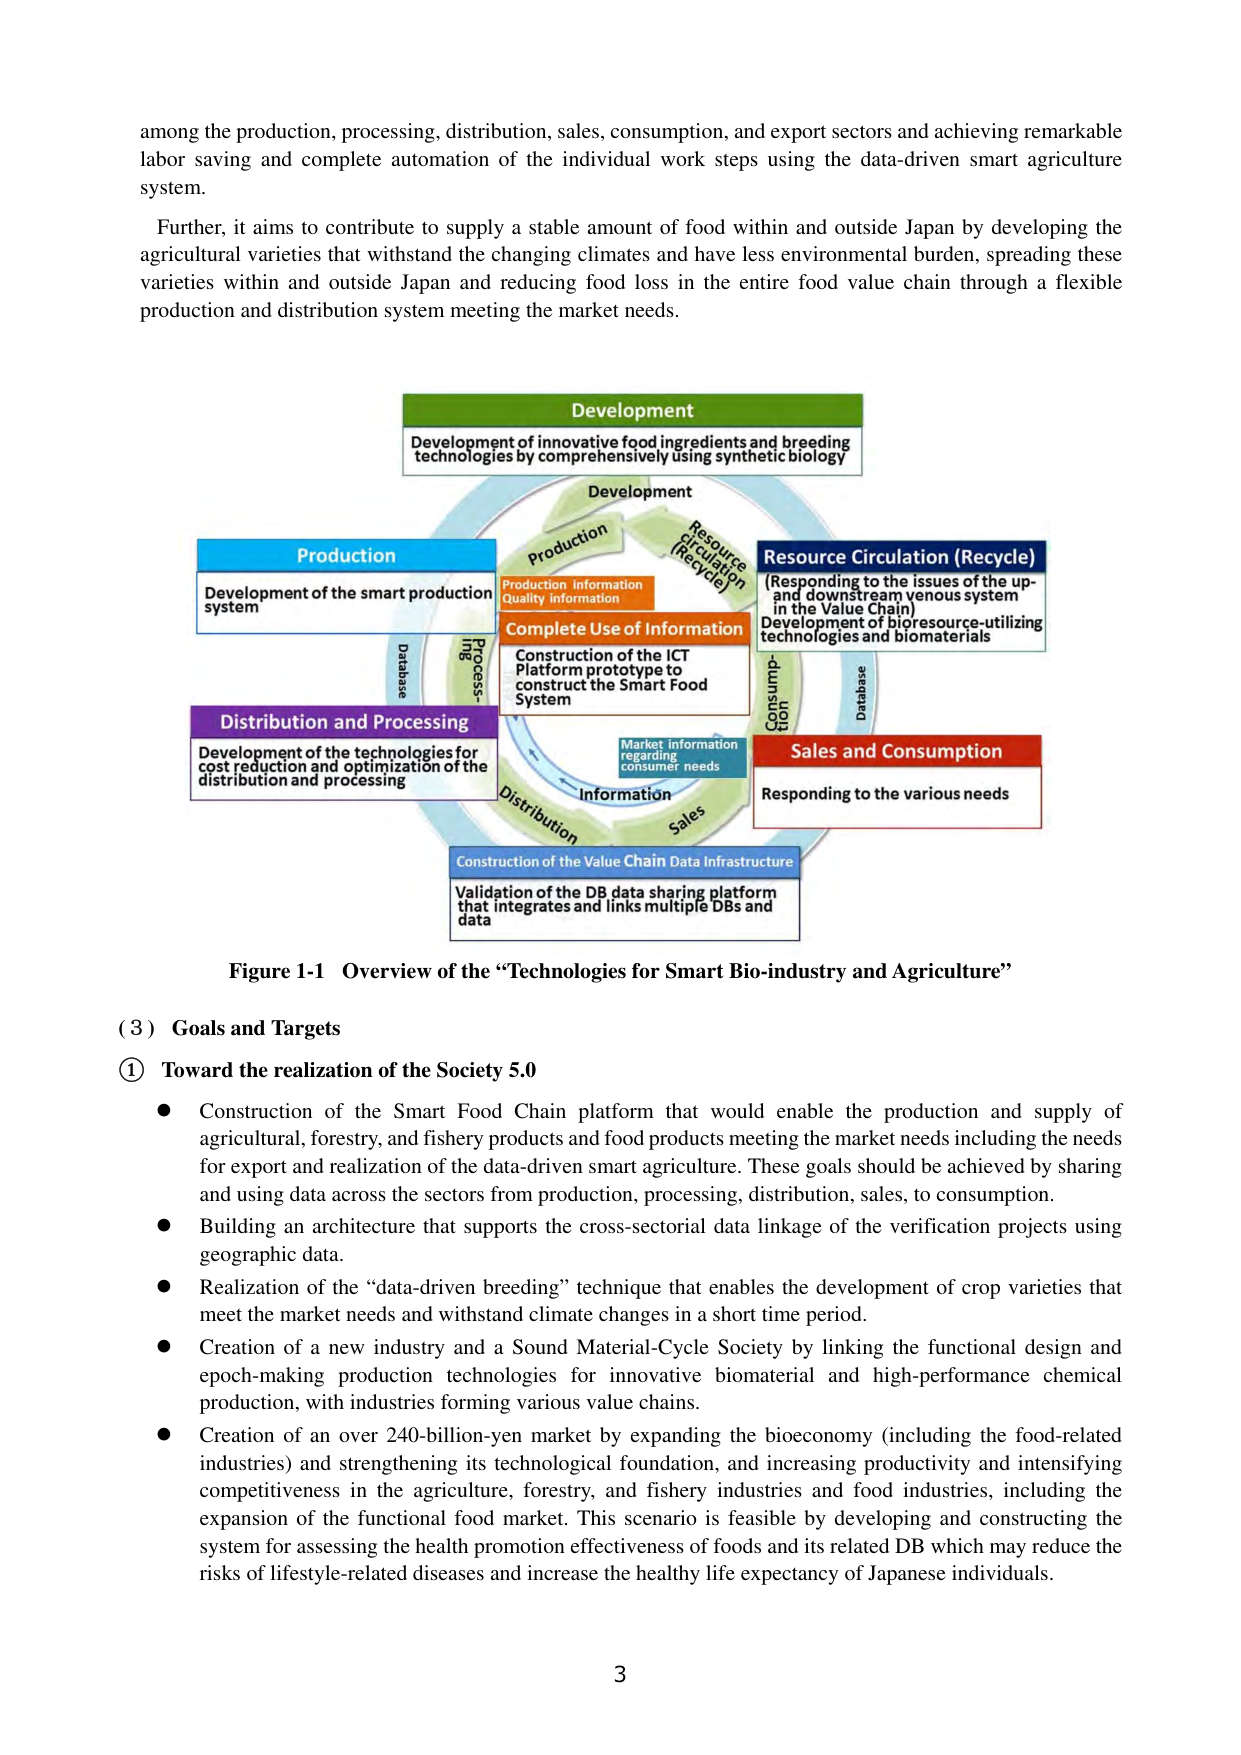
among the production, processing, distribution, sales, consumption, and export sectors and achieving remarkable labor saving and complete automation of the individual work steps using the data-driven smart agriculture system.

Further, it aims to contribute to supply a stable amount of food within and outside Japan by developing the agricultural varieties that withstand the changing climates and have less environmental burden, spreading these varieties within and outside Japan and reducing food loss in the entire food value chain through a flexible production and distribution system meeting the market needs.

Development
Development of innovative food ingredients and breeding technologies by comprehensively using synthetic biology

Production
Development of the smart production system

Resource Circulation (Recycle)
(Responding to the issues of the up- and downstream venous system in the Value Chain)
Development of bioresource-utilizing technologies and biomaterials

Complete Use of Information
Construction of the ICT Platform prototype to construct the Smart Food System

Distribution and Processing
Development of the technologies for cost reduction and optimization of the distribution and processing

Sales and Consumption
Responding to the various needs

Construction of the Value Chain Data Infrastructure
Validation of the DB data sharing platform that integrates and links multiple DBs and data

Figure 1-1 Overview of the “Technologies for Smart Bio-industry and Agriculture”

(3) Goals and Targets

① Toward the realization of the Society 5.0

● Construction of the Smart Food Chain platform that would enable the production and supply of agricultural, forestry, and fishery products and food products meeting the market needs including the needs for export and realization of the data-driven smart agriculture. These goals should be achieved by sharing and using data across the sectors from production, processing, distribution, sales, to consumption.

● Building an architecture that supports the cross-sectoral data linkage of the verification projects using geographic data.

● Realization of the “data-driven breeding” technique that enables the development of crop varieties that meet the market needs and withstand climate changes in a short time period.

● Creation of a new industry and a Sound Material-Cycle Society by linking the functional design and epoch-making production technologies for innovative biomaterial and high-performance chemical production, with industries forming various value chains.

● Creation of an over 240-billion-yen market by expanding the bioeconomy (including the food-related industries) and strengthening its technological foundation, and increasing productivity and intensifying competitiveness in the agriculture, forestry, and fishery industries and food industries, including the expansion of the functional food market. This scenario is feasible by developing and constructing the system for assessing the health promotion effectiveness of foods and its related DB which may reduce the risks of lifestyle-related diseases and increase the healthy life expectancy of Japanese individuals.

3